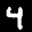
Label: 4